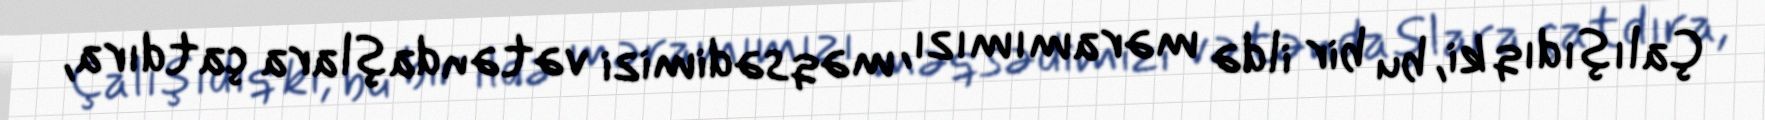
Çalışıdıq ki, bu bir ildə məramımızı, məqsədimizi vətəndaşlara çatdıra,